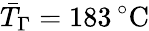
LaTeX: \bar{T}_{\Gamma}=183\, ^{\circ}\mathrm{C}